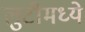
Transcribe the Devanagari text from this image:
लुटीमध्ये